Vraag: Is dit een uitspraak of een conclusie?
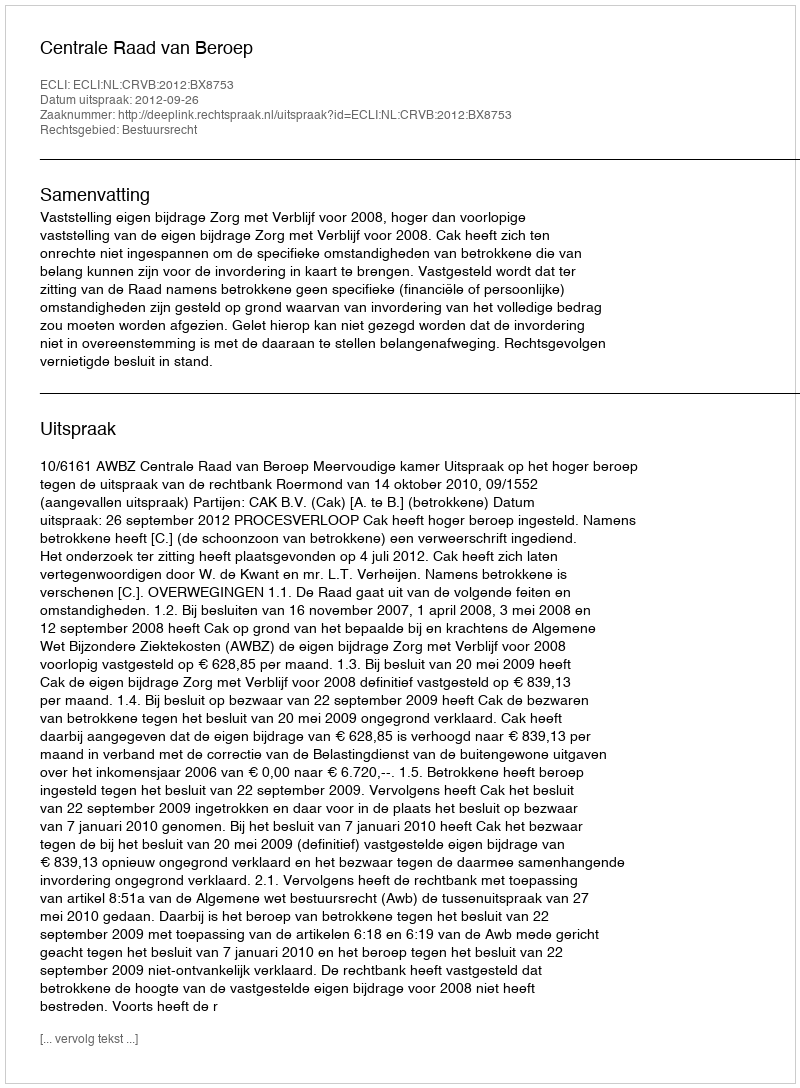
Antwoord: Uitspraak